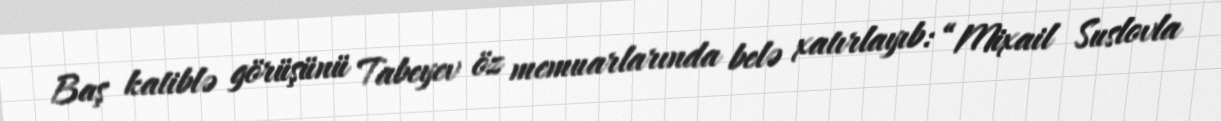
Baş katiblə görüşünü Tabeyev öz memuarlarında belə xatırlayıb: “Mixail Suslovla